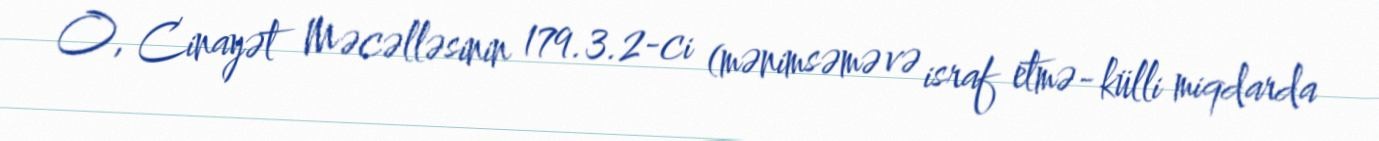
O, Cinayət Məcəlləsinin 179.3.2-ci (mənimsəmə və israf etmə- külli miqdarda